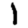
Digit: 1